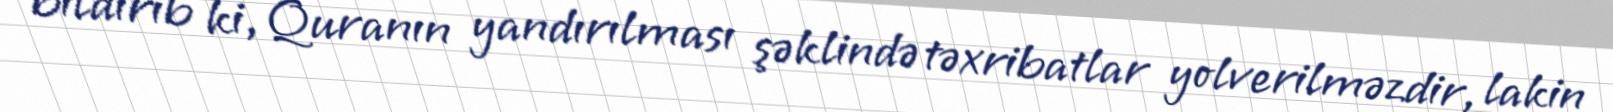
bildirib ki, Quranın yandırılması şəklində təxribatlar yolverilməzdir, lakin